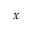
x